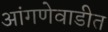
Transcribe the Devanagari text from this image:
आंगणेवाडीत